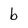
Character: b